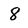
Character: 8